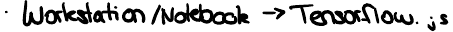
Workstation / Notebook -> Tensorflow.js